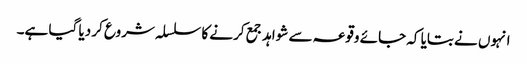
انہوں نے بتایا کہ جائے وقوعہ سے شواہد جمع کرنے کا سلسلہ شروع کر دیا گیا ہے۔